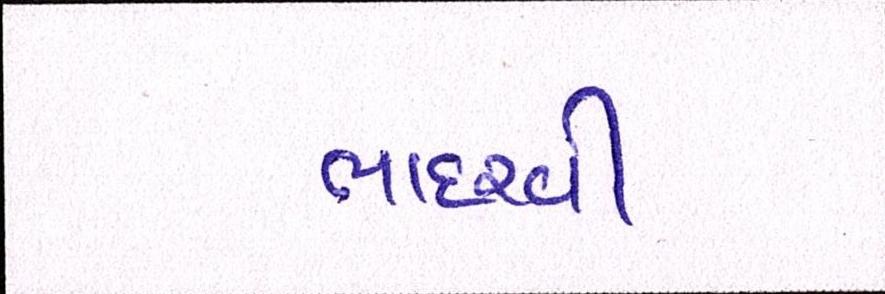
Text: ભાદરવી